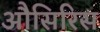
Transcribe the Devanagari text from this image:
औसिरिस